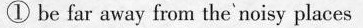
① be far away from the`noisy places